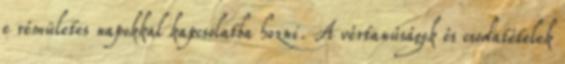
e rémületes napokkal kapcsolatba hozni. A vértanúságok és csodatételek